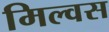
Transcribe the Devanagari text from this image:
मिल्वस